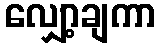
လျှော့ချကာ